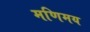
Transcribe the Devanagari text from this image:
मणिमय